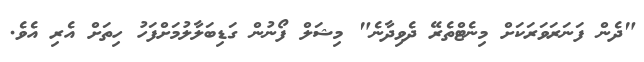
"ދެން ފަނަރަވަރަކަށް މިނެޓްތެރޭ ދެވިދާނެ" މިޝަލް ފޯނުން ގަޑިބަލާލުމަށްފަހު ހިތަށް އެރި އެވެ.